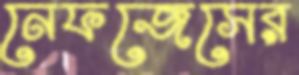
নেফজেসের